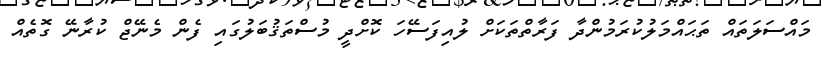
މައްސަލަތައް ތަޙައްމަލުކުރަމުންދާ ފަރާތްތަކަށް ލުއިފަސޭހަ ކޮށްދީ މުސްތަޤުބަލުގައި ފެން މެނޭޖް ކުރާނޭ ގޮތެއް